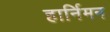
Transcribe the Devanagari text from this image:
हार्निमन